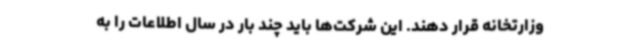
وزارتخانه قرار دهند. این شرکت‌ها باید چند بار در سال اطلاعات را به